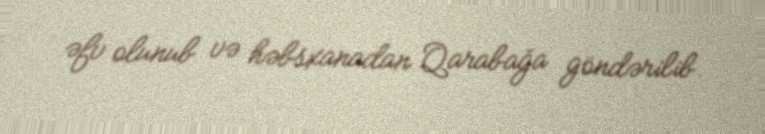
əfv olunub və həbsxanadan Qarabağa göndərilib.